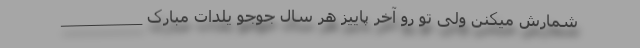
شمارش میکنن ولی تو رو آخر پاییز هر سال جوجو یلدات مبارک _________